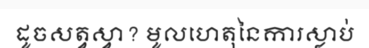
ដូចសត្វស្វា? មូលហេតុនៃការស្លាប់